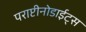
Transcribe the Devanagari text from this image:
पराप्टीनोडाईट्स